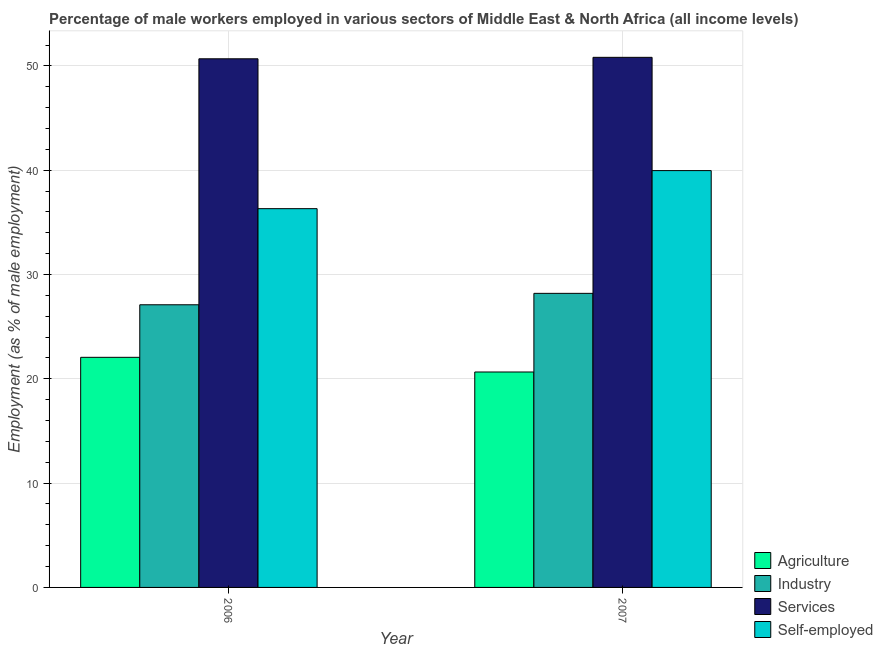
| Year | Agriculture | Industry | Services | Self-employed |
 | --- | --- | --- | --- | --- |
 | 2006 | 22.1 | 27.1 | 50.7 | 36.3 |
 | 2007 | 20.7 | 28.2 | 50.8 | 40 |